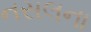
નસલના